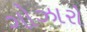
ગોઝારો